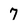
Character: 7